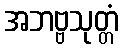
အဘဗ္ဗသုတ္တံ